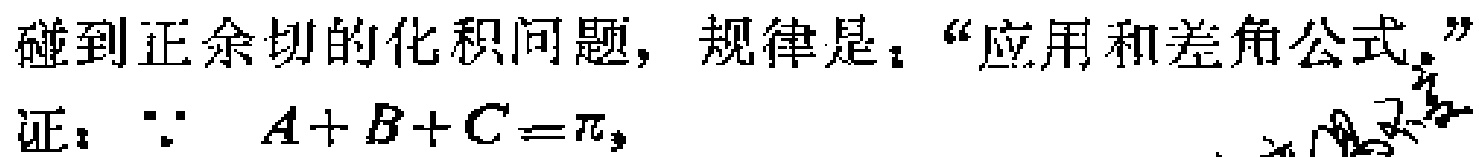
碰到正余切的化积问题，规律是：“应用和差角公式。”
证：\(\because A + B + C=\pi\)，